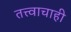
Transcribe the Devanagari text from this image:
तत्त्वाचाही